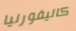
كاليفورنيا